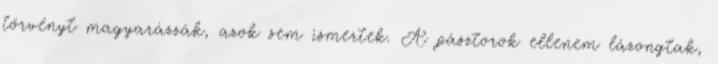
törvényt magyarázzák, azok sem ismertek. A pásztorok ellenem lázongtak,